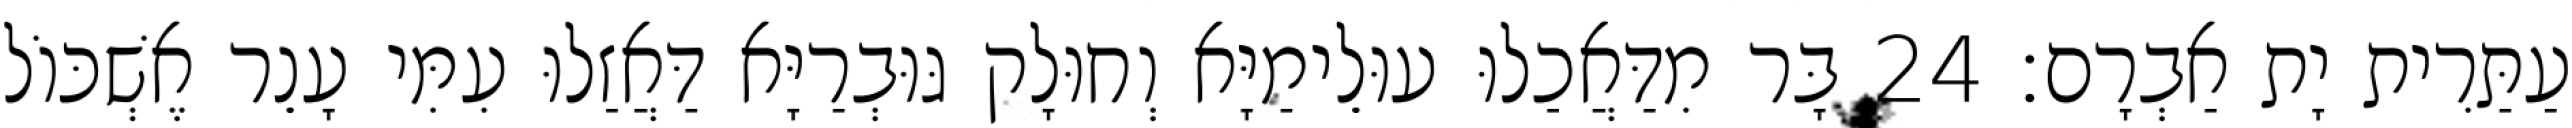
עַתַּרִית יָת אַבְרָם׃ 24 בָּר מִדַּאֲכַלוּ עוּלֵימַיָּא וְחוּלָק גּוּבְרַיָּא דַּאֲזַלוּ עִמִּי עָנֵר אֶשְׁכּוֹל